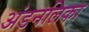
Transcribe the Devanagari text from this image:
अंडनलिका